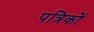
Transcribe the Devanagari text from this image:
पत्रिकों